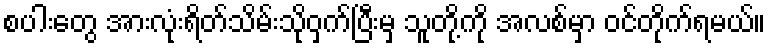
စပါးတွေ အားလုံးရိတ်သိမ်းသိုဝှက်ပြီးမှ သူတို့ကို အလစ်မှာ ဝင်တိုက်ရမယ်။